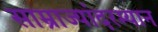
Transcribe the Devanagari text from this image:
साम्राज्यांदरम्यान